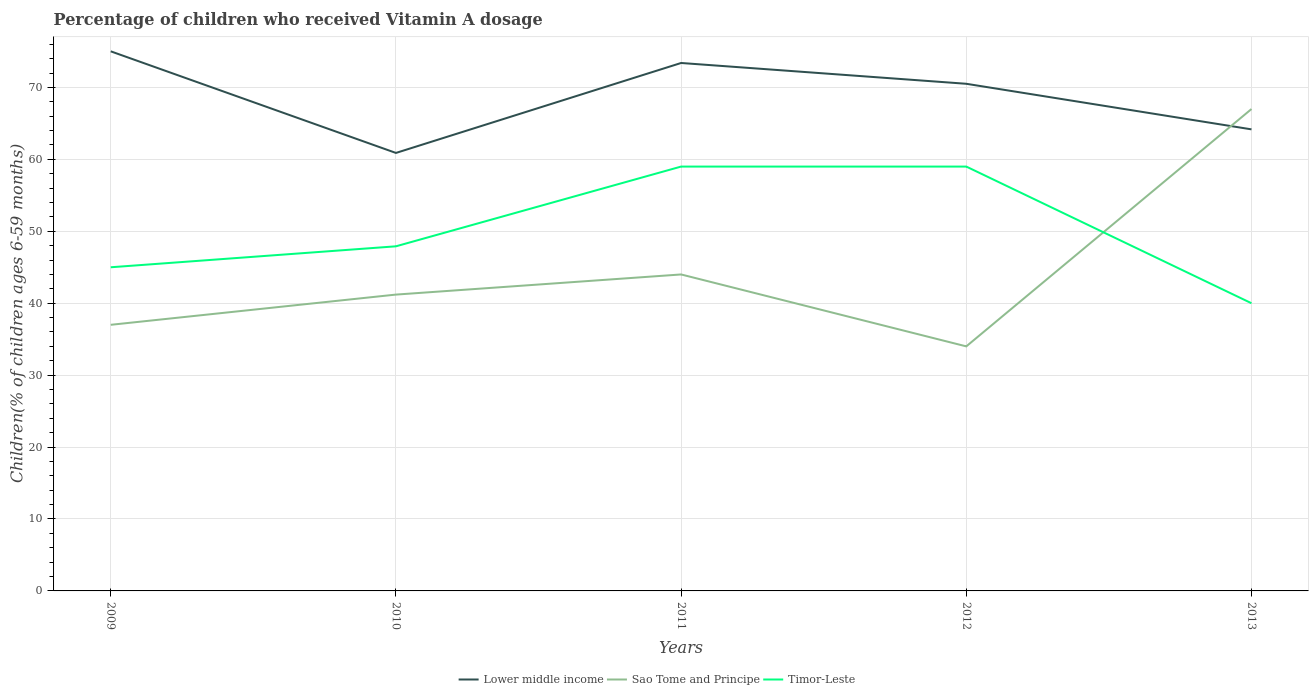
| Years | Lower middle income | Sao Tome and Principe | Timor-Leste |
 | --- | --- | --- | --- |
 | 2009 | 75 | 37 | 45 |
 | 2010 | 60.9 | 41.2 | 47.9 |
 | 2011 | 73.4 | 44 | 59 |
 | 2012 | 70.5 | 34 | 59 |
 | 2013 | 64.2 | 67 | 40 |